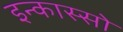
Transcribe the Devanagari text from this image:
इन्कास्सो